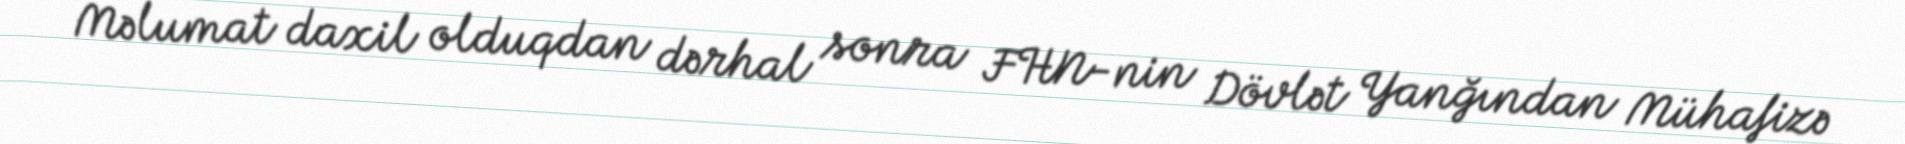
Məlumat daxil olduqdan dərhal sonra FHN-nin Dövlət Yanğından Mühafizə